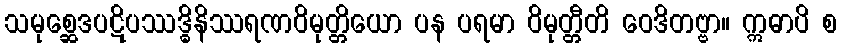
သမုစ္ဆေဒပဋိပဿဒ္ဓိနိဿရဏဝိမုတ္တိယော ပန ပရမာ ဝိမုတ္တီတိ ဝေဒိတဗ္ဗာ။ ဣဓာပိ စ